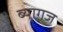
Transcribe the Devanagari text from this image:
ब्यागज